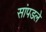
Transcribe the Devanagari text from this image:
सांपडले